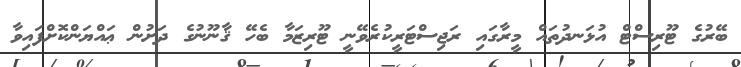
ބޭރުގެ ޓޫރިސްޓް އުޅަނދުތައް މީރާގައި ރަޖިސްޓަރީކުރެވޭނީ ޓޫރިޒަމާ ބެހޭ ޤާނޫނުގެ ދަށުން ޢައްޔަންކޮށްފައިވާ